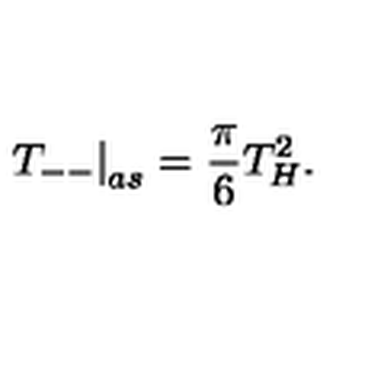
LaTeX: \left. T _ { -- } \right| _ { a s } = \frac { \pi } { 6 } T _ { H } ^ { 2 } .